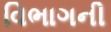
વિભાગની